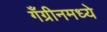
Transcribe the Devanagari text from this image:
गँग्रीनमध्ये